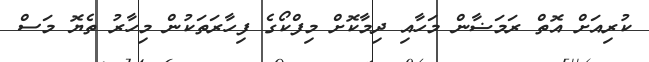
ކުރިއަށް އޮތް ރަމަޟާން މަހާއި ދިމާކޮށް މިފްކޯގެ ފިހާރަތަކުން މިހާރު ތެޔޮ މަސް